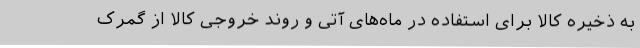
به ذخیره کالا برای استفاده در ماه‌های آتی و روند خروجی کالا از گمرک